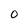
Character: O